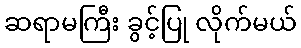
ဆရာမကြီး ခွင့်ပြု လိုက်မယ်